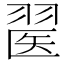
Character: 𦑄